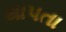
થાપતા